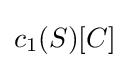
c_{1}(S)[C]